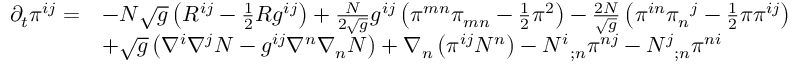
{ \begin{array} { r l } { \partial _ { t } \pi ^ { i j } = } & { - N { \sqrt { g } } \left( R ^ { i j } - { \frac { 1 } { 2 } } R g ^ { i j } \right) + { \frac { N } { 2 { \sqrt { g } } } } g ^ { i j } \left( \pi ^ { m n } \pi _ { m n } - { \frac { 1 } { 2 } } \pi ^ { 2 } \right) - { \frac { 2 N } { \sqrt { g } } } \left( \pi ^ { i n } { \pi _ { n } } ^ { j } - { \frac { 1 } { 2 } } \pi \pi ^ { i j } \right) } \\ & { + { \sqrt { g } } \left( \nabla ^ { i } \nabla ^ { j } N - g ^ { i j } \nabla ^ { n } \nabla _ { n } N \right) + \nabla _ { n } \left( \pi ^ { i j } N ^ { n } \right) - { N ^ { i } } _ { ; n } \pi ^ { n j } - { N ^ { j } } _ { ; n } \pi ^ { n i } } \end{array} }